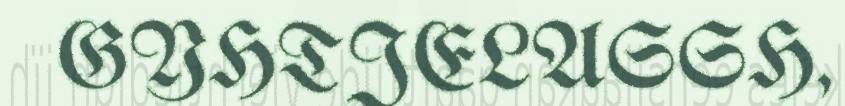
GYHTJELASSH,